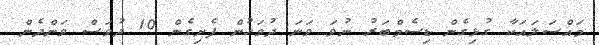
މައްސަލައަކާ ގުޅިގެން ޑިސެމްބަރު ނުވަ ވަނަ ދުވަހުން ފެށިގެން 10 ދުވަސް ވަންދެން